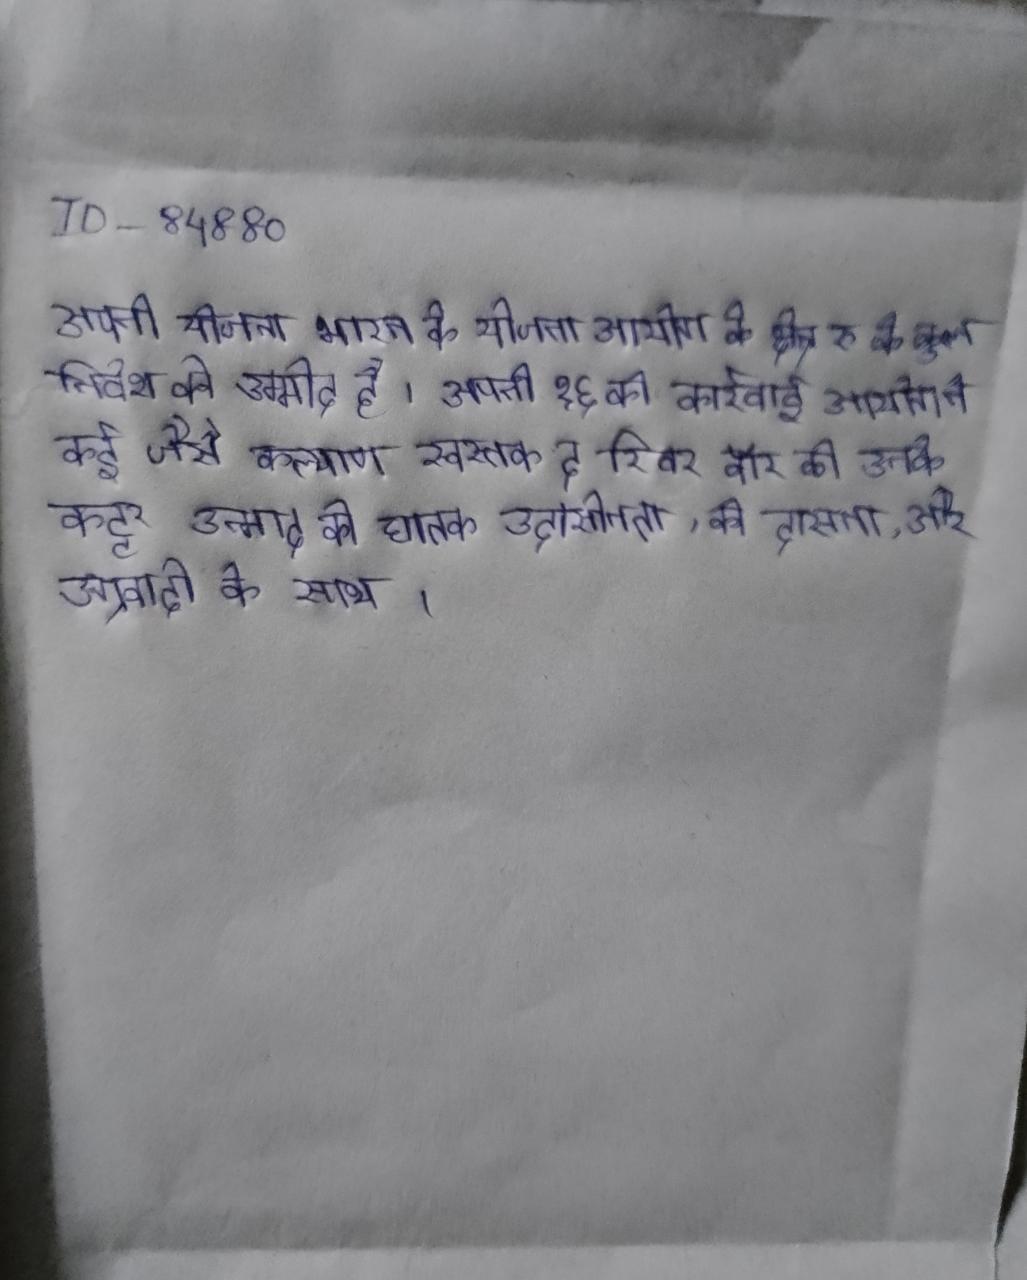
अपनी योजना भारत के योजना आयोग के क्षेत्र रु के कुल निवेश की उम्मीद है । अपनी १६ की कार्रवाई आयोग ने कई जैसे कल्याण स्वर्गीय पी . अपनी की पुस्तक द रिवर वॉर को उनके कट्टर उन्माद को घातक उदासीनता, की दासता, और उग्रवादी के साथ ।